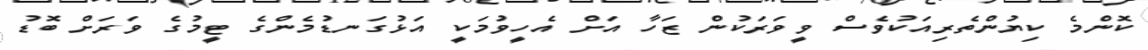
ކޮންމެ ކިޔުންތެރިއަކުވެސް ވީވަރަކުން ޒަހާ އަށް އެހީވުމަކީ އަޅުގަނޑުމެންގެ ޓީމުގެ ވަރަށް ބޮޑު